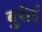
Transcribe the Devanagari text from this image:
बुरीई